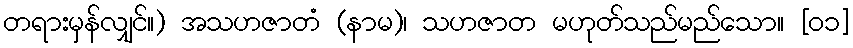
တရားမှန်လျှင်။) အသဟဇာတံ (နာမ)၊ သဟဇာတ မဟုတ်သည်မည်သော။ [၀၁]